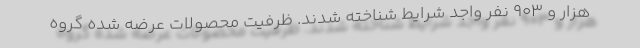
هزار و ۹۰۳ نفر واجد شرايط شناخته شدند. ظرفيت محصولات عرضه شده گروه